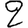
Digit: 2